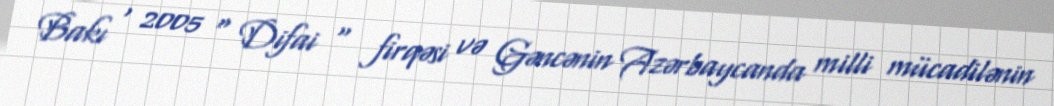
Bakı , 2005 " Difai " firqəsi və Gəncənin Azərbaycanda milli mücadilənin